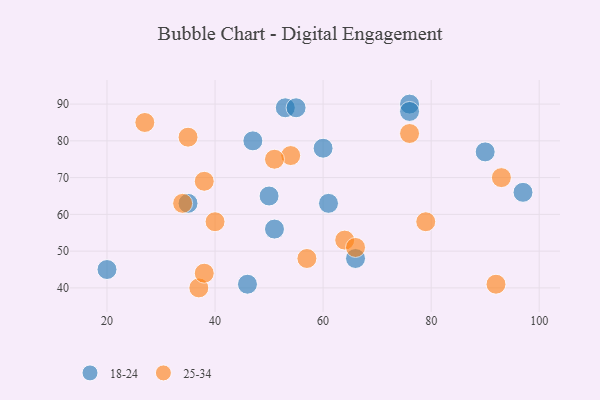
{"axis": {"x": "GDP", "y": "Life Expectancy"}, "legend": ["18-24", "25-34"], "data": [{"x": "53", "y": 89, "type": "18-24"}, {"x": "60", "y": 78, "type": "18-24"}, {"x": "76", "y": 90, "type": "18-24"}, {"x": "66", "y": 48, "type": "18-24"}, {"x": "35", "y": 63, "type": "18-24"}, {"x": "51", "y": 56, "type": "18-24"}, {"x": "47", "y": 80, "type": "18-24"}, {"x": "46", "y": 41, "type": "18-24"}, {"x": "90", "y": 77, "type": "18-24"}, {"x": "97", "y": 66, "type": "18-24"}, {"x": "20", "y": 45, "type": "18-24"}, {"x": "61", "y": 63, "type": "18-24"}, {"x": "50", "y": 65, "type": "18-24"}, {"x": "55", "y": 89, "type": "18-24"}, {"x": "76", "y": 88, "type": "18-24"}, {"x": "35", "y": 81, "type": "25-34"}, {"x": "64", "y": 53, "type": "25-34"}, {"x": "40", "y": 58, "type": "25-34"}, {"x": "76", "y": 82, "type": "25-34"}, {"x": "93", "y": 70, "type": "25-34"}, {"x": "79", "y": 58, "type": "25-34"}, {"x": "57", "y": 48, "type": "25-34"}, {"x": "27", "y": 85, "type": "25-34"}, {"x": "34", "y": 63, "type": "25-34"}, {"x": "38", "y": 69, "type": "25-34"}, {"x": "37", "y": 40, "type": "25-34"}, {"x": "38", "y": 44, "type": "25-34"}, {"x": "92", "y": 41, "type": "25-34"}, {"x": "54", "y": 76, "type": "25-34"}, {"x": "51", "y": 75, "type": "25-34"}, {"x": "66", "y": 51, "type": "25-34"}]}